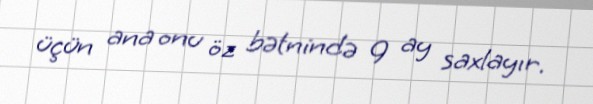
üçün ana onu öz bətnində 9 ay saxlayır.